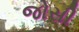
જોસી